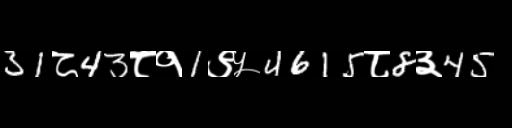
Text: 31८43८१1९५4615८8३45